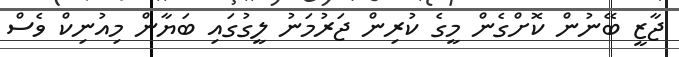
ޖާޒީ ބޭނުން ކޮށްގެން މީގެ ކުރިން ޖަރުމަނު ލީގުގައި ބަޔާން މިއުނިކް ވެސް